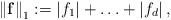
\begin{align*}\left\| \mathbf{f} \right\|_{1}:=\left| f_{1} \right|+\mathellipsis +\left| f_{d} \right|,\end{align*}